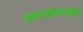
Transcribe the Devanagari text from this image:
आस्त्रोबस्की